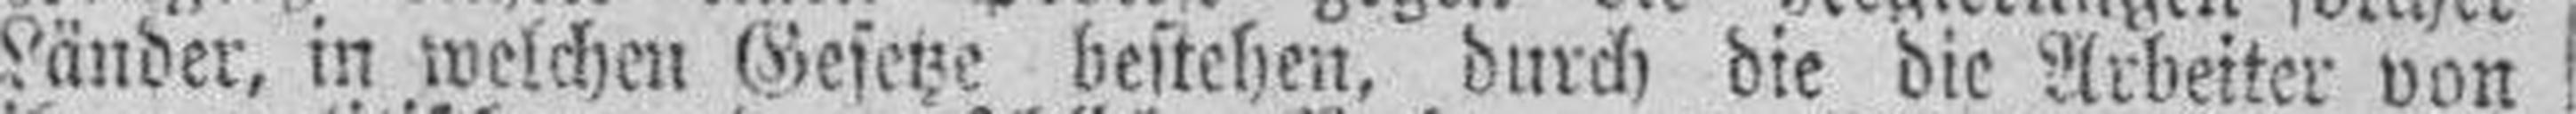
Länder, in welchen Gesetze bestehen, durch die die Arbeiter von